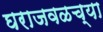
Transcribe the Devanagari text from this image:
घराजवळच्या